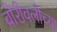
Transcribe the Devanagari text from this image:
बोरीवलीच्या